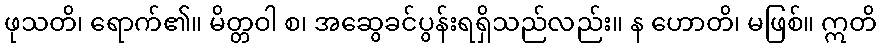
ဖုသတိ၊ ရောက်၏။ မိတ္တဝါ စ၊ အဆွေခင်ပွန်းရရှိသည်လည်း။ န ဟောတိ၊ မဖြစ်။ ဣတိ